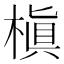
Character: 槇